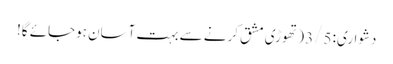
دشواری: 3/5 (تھوڑی مشق کرنے سے بہت آسان ہوجائے گا!